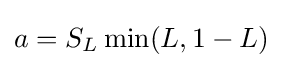
a=S_{L}\min(L,1-L)